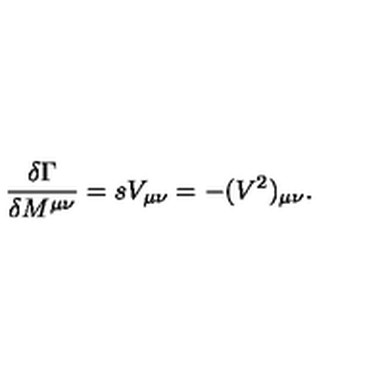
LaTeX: { \frac { \delta \Gamma } { \delta M ^ { \mu \nu } } } = s V _ { \mu \nu } = - ( V ^ { 2 } ) _ { \mu \nu } .